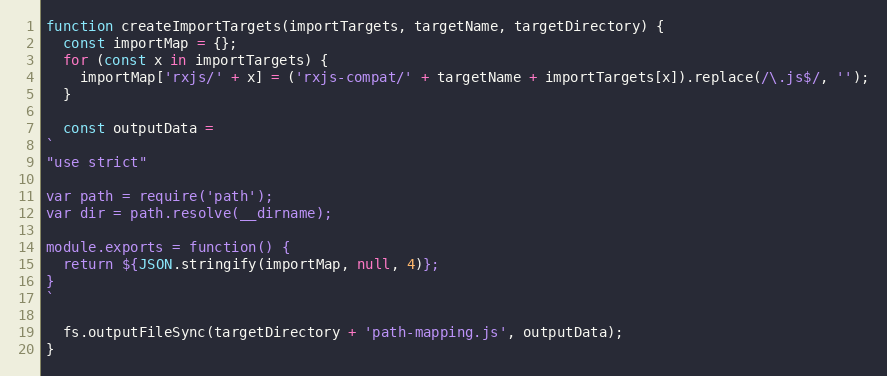
Language: JavaScript
function createImportTargets(importTargets, targetName, targetDirectory) {
  const importMap = {};
  for (const x in importTargets) {
    importMap['rxjs/' + x] = ('rxjs-compat/' + targetName + importTargets[x]).replace(/\.js$/, '');
  }

  const outputData =
`
"use strict"

var path = require('path');
var dir = path.resolve(__dirname);

module.exports = function() {
  return ${JSON.stringify(importMap, null, 4)};
}
`

  fs.outputFileSync(targetDirectory + 'path-mapping.js', outputData);
}